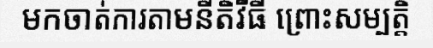
មកចាត់ការតាមនីតិវីធី ព្រោះសម្បត្តិ